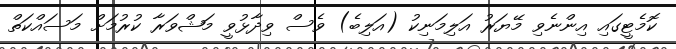
ކޮމެޓީގައި އިންނެވި މޭޔަރު އަލިމަނިކު (އަލިބެ) ވެސް ވިދާޅުވީ މަޝްވަރާ ކުރުމަށް މަސައްކަތް